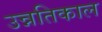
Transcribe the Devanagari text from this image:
उन्नतिकाल